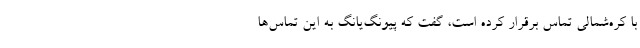
با کره‌شمالی تماس برقرار کرده است، گفت که پیونگ‌یانگ به این تماس‌ها